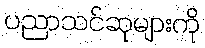
ပညာသင်ဆုများကို